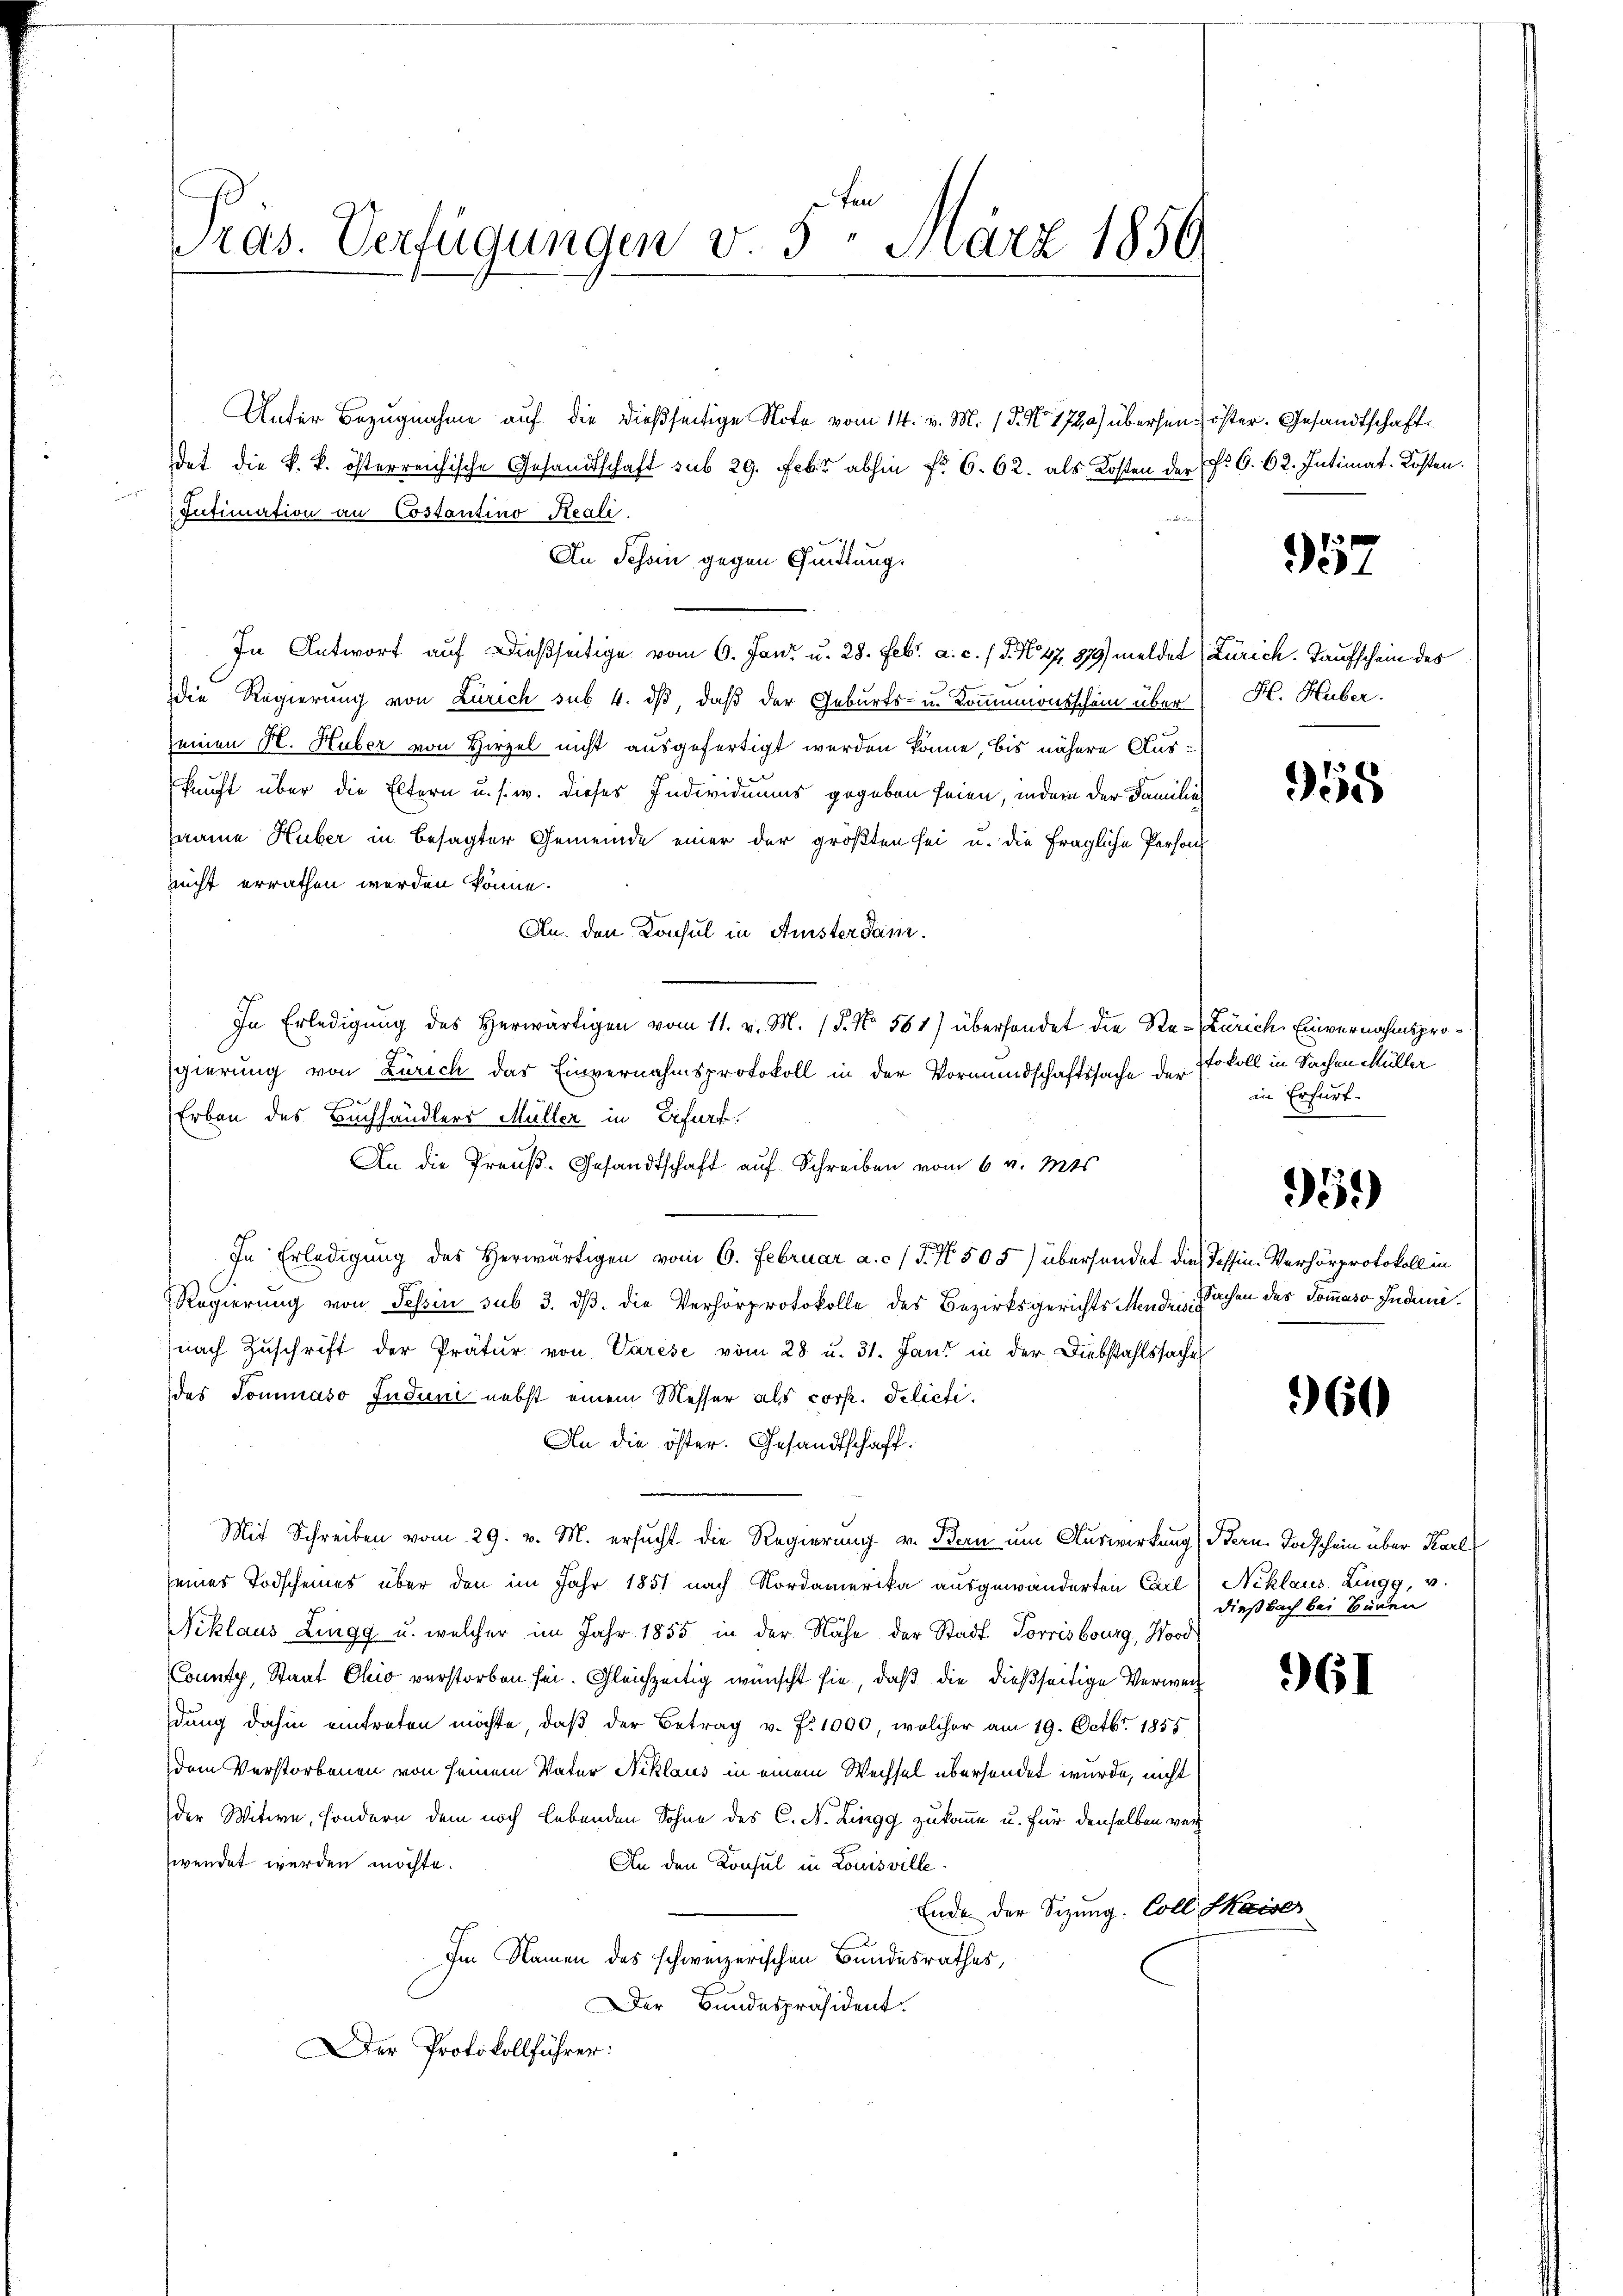
Unter Bezugnahme auf die dießseitige Note vom 14. v. M. (T. No. 172) übersen öster. Gesandtschaft
det die k. k. österreichische Gesandtschaft sub 29. Febr abhin fr 6. 62. als Kosten der f. 6. 62. Intimat. Kosten.
 Intimation an Costantino Reali.
e
An Schin gegen Quittung.
In Antwort auf dießseitige vom 6. Jani u. 28. Febr. a. c. / 5. No 47 879) meldet Zürich. Taufschein des
die Regierung von Zürich sub 4. dβ, daß der Geburts- u. Kommonsschein über H. Huber.
seinen H. Huber von Hirzel nicht ausgefertigt werden könne, bis nähere Auskunft über die Eltern u. s. w. dieses Individuums gegeben seien, indem der Familie
sname Huber in besagter Gemeinde einer der größten sei u. die fragliche Person
ncht errathen werden könne.
An. den Konsul in Ansterdam.
In Erledigung des Herwärtigen vom 11. v. M. (§. No. 561) überhandet die Re-Zürich, Einvernahmspro¬
Egierung von Zürich das Einvernahmsprotokoll in der Vormundschaftssache der
0
Erbau des Buchhändlers Müller in Erfurf
An die Preuß. Gesandtschaft auf Schreiben vom 6. v. Mts.
In Erledigung des Herwärtigen vom 6. Februar a. c. / 5. No. 505) übersendet die Tessin. Verhörprotokoll in
Regierung von Tessin sub 3. dß. die Verhörprotokolle des Bezirksgerichts Mende Sachen des Sommaso Induninach Zuschrift der Prätur von Varese vom 28 u. 31. Jani in der Diebstahlssache
des Tommaso Juduni nebst einem Messer als corp. Delicti.
An die öster. Gesandtschaft.
Mit Schreiben vom 29. v. M. ersucht die Regierung v. Bern um Auswirkung, Bern. Todschein über Karl
seines Todscheines über den im Jahr 1851 nach Nordamerika ausgewänderten Carl
Niklaus Zingg u. welcher im Jahr 1855 in der Nähe der Stadt Porrisbourg, Nord
County, Staat Chio verstorben sei. Gleichzeitig wünscht sie, daß die dießseitige Verweit
dung dahin eintreten möchte, daβ der Betrag v. J. 1000, welcher am 19. Octbr. 1855
dem Verstorbenen von seinem Vater Niklaus in einem Wechsel übersendet wurde, nicht
der Witwe, sondern dem noch lebenden Sohne des C. N. Lingg zukomme u. für denselben wer
wendet werden möchte.
An den Konsul in Louisville
Ende der Sizung. Coll Kaiser
Im Namen des schweizerischen Bundesrathes,
Der Bundespräsident.
Der Protokollführer:

ten
Pras. Verfügungen v. 5. März 1856

957

958

tokoll in Sachen Müller
in Erfurt.

359)

60

Niklaus Zingg, v.
dießbach bei Buren

961